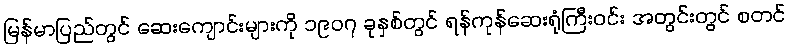
မြန်မာပြည်တွင် ဆေးကျောင်းများကို ၁၉၀၇ ခုနှစ်တွင် ရန်ကုန်ဆေးရုံကြီးဝင်း အတွင်းတွင် စတင်